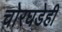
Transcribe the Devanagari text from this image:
चोरघडेही